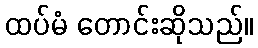
ထပ်မံ တောင်းဆိုသည်။